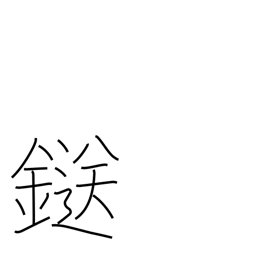
Meaning: clamp